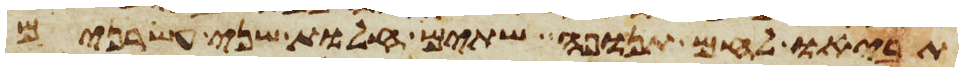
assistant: תביאו לחם תנופה שתים חלות שני עשרנים